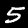
Label: 5